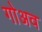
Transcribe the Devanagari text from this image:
गोअव